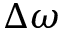
\Delta \omega